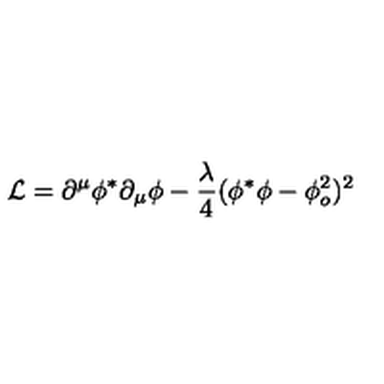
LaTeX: { \mathcal L } = \partial ^ { \mu } \phi ^ { * } \partial _ { \mu } \phi - \frac { \lambda } { 4 } ( \phi ^ { * } \phi - \phi _ { o } ^ { 2 } ) ^ { 2 }